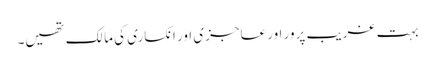
بہت غریب پرور اور عاجزی اور انکساری کی مالک تھیں۔